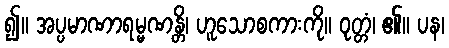
၍။ အပ္ပမာဏာရမ္မဏန္တိ၊ ဟူသောစကားကို။ ဝုတ္တံ၊ ၏။ ပန၊